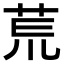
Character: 𫟎